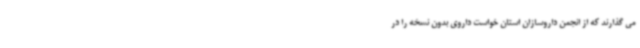
می گذارند که از انجمن داروسازان استان خواست داروی بدون نسخه را در